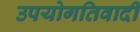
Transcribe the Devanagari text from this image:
उपयोगतिवादी